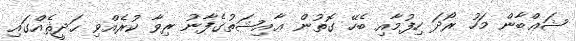
ޝަޢްބާން މަހު ރޯދަ ހިފުމާއި ބެހޭ ގޮތުން ޢާއިޝަތުގެފާނު ރިވާ ކުރެއްވި ޙަދީޘެއްގައި